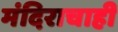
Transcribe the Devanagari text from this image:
मंदिराचाही